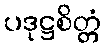
ပဒုဋ္ဌစိတ္တံ